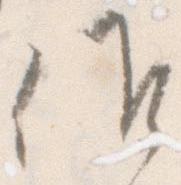
候